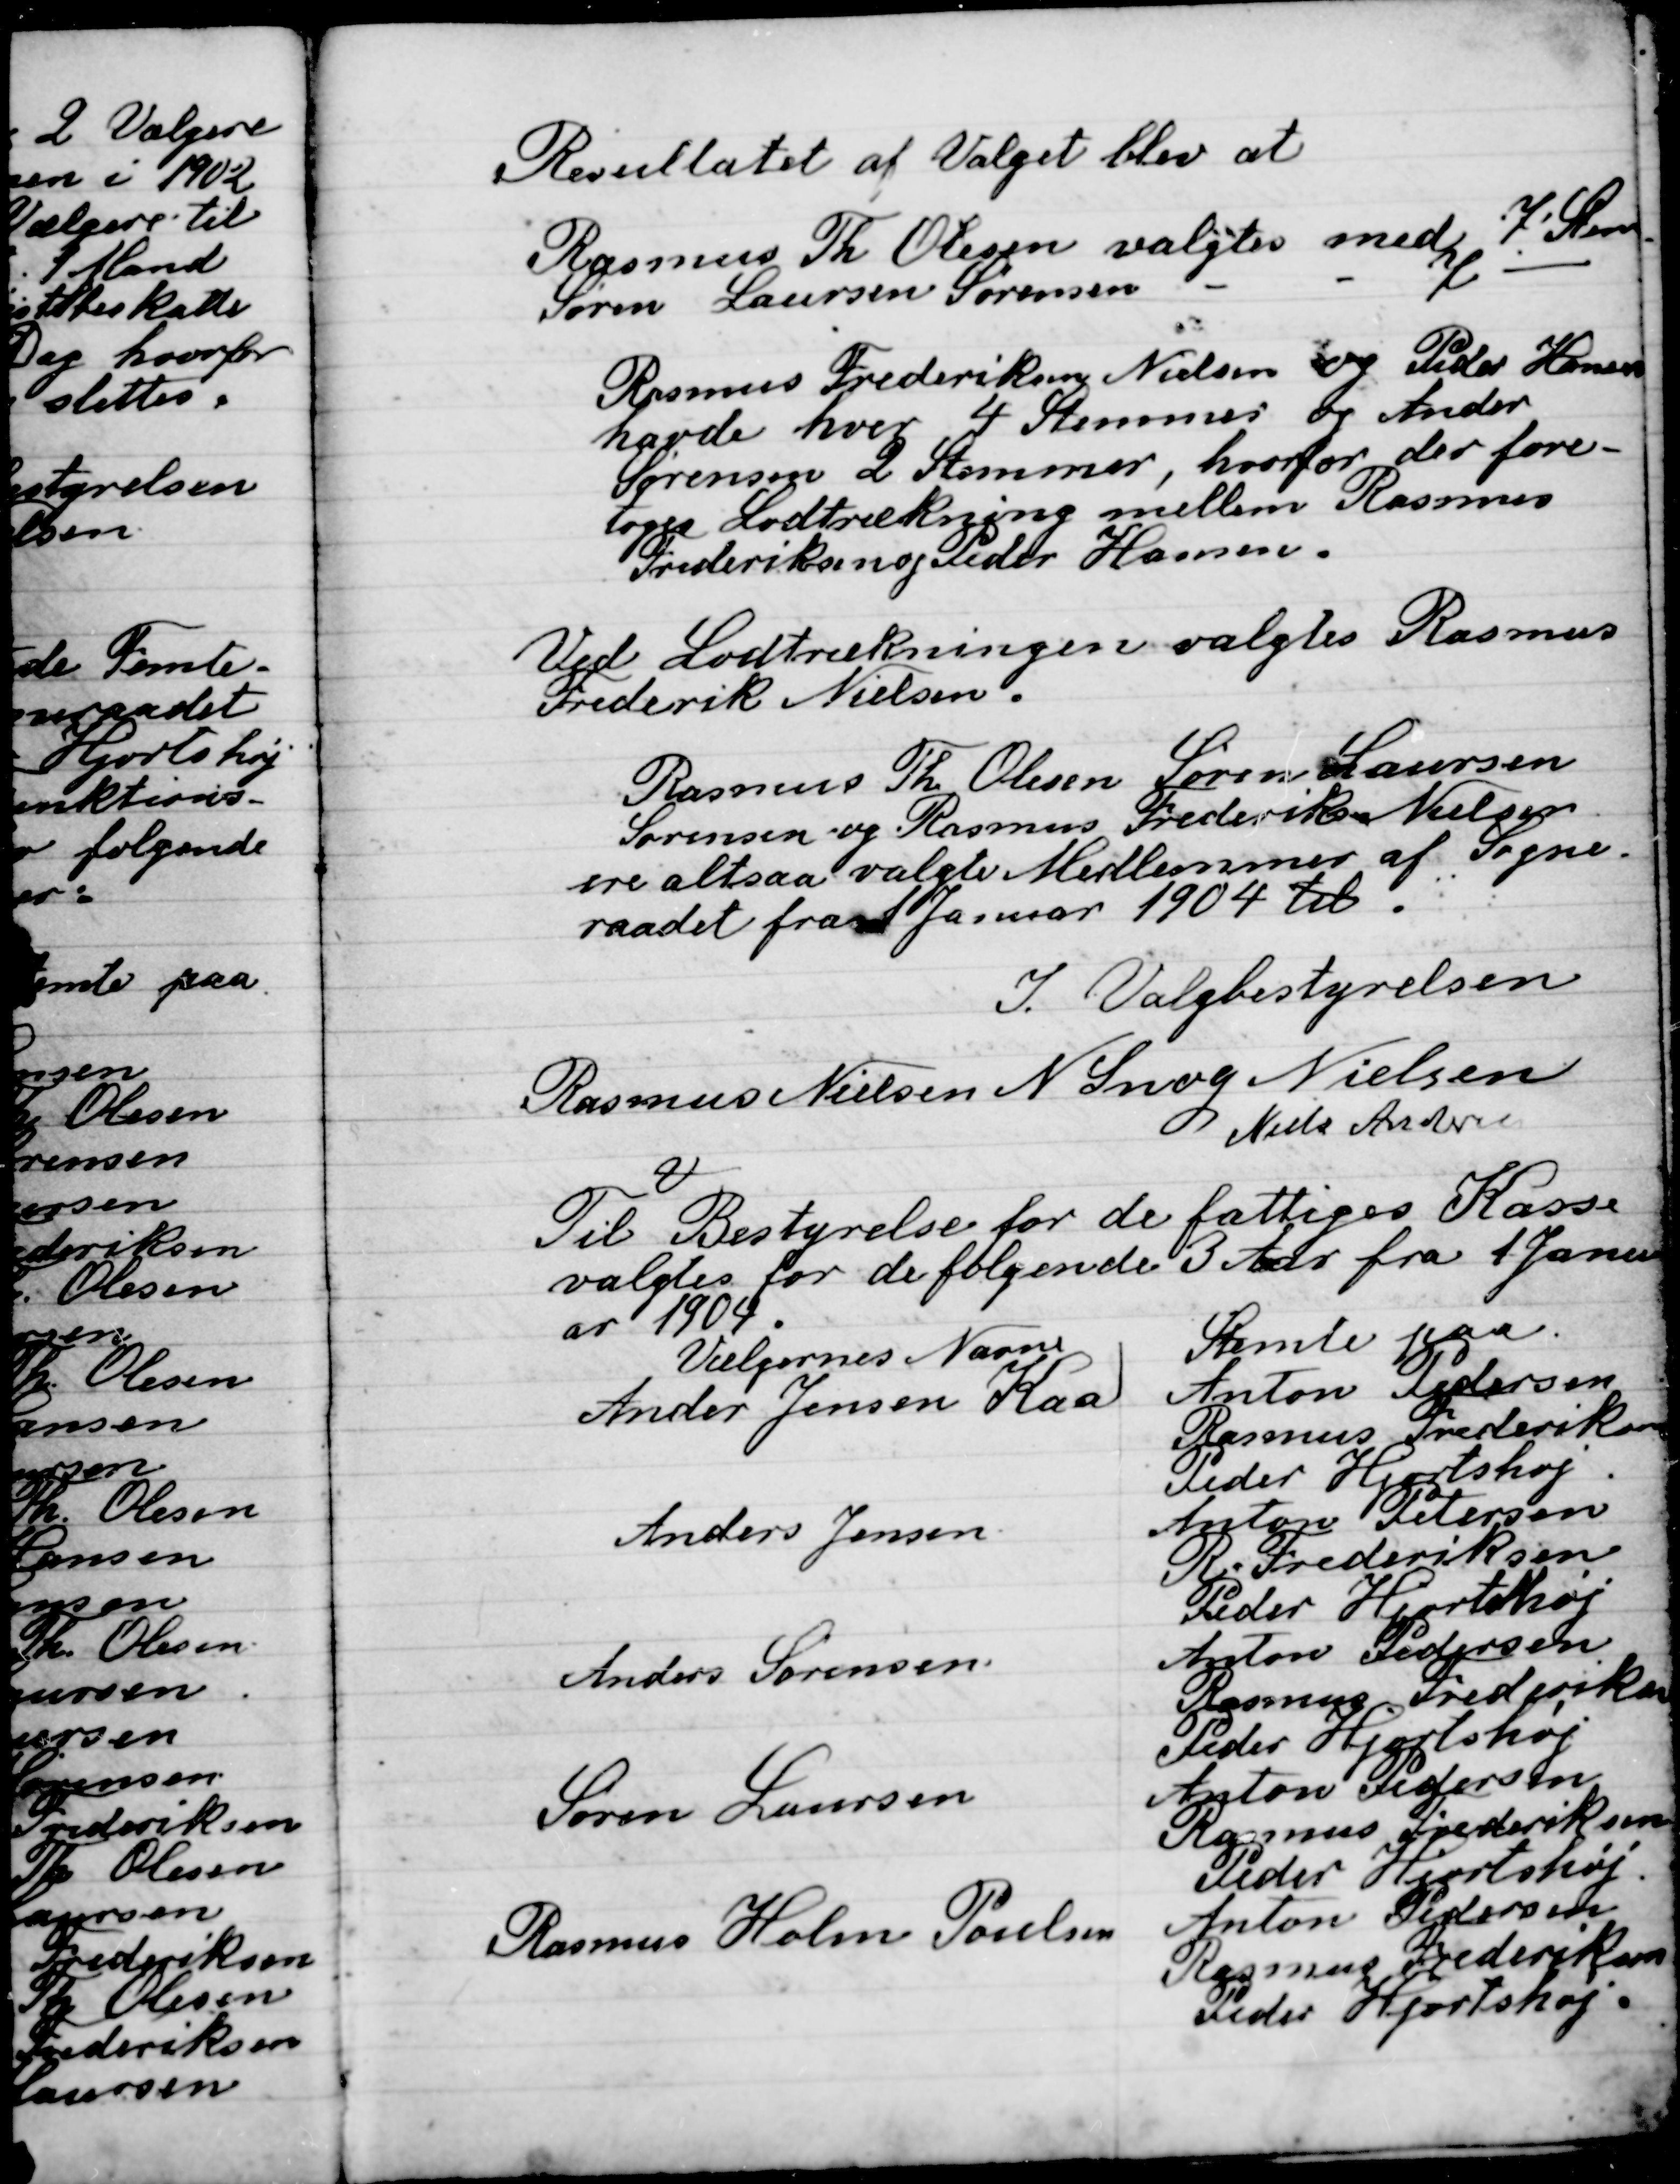
Transskription:
Resultatet af Valget blev at
Rasmus Th. Olesen valgtes med 	7 Stemmer
Søren Laursen Sørensen -		- 		7		–
Rasmus Frederiksen, Niels og Peder Hansen
Havde hver 4 Stemmer og Anders
Sørensen 2 Stemmer, hvorfor der fore-
toges Lodtrækning mellem Rasmus
Frederiksen og Peder Hansen
Ved Lodtrækning valgtes Rasmus
Frederiksen Nielsen.
Rasmus Th. Olesen,  Søren Laursen
Søren og Rasmus Frederik Nielsen
ere altaa valgte Medlemmer af Sogne-
Raadet fra Januar 1904 til.

I Valgbestyrelsen

Rasmus Nielsen
N. Snog Nielsen
Niels Andersen

Til Bestyrelse for de fattiges Kasse
Valgtes for de følgende 3 Aar 1 Januar
Er 1904